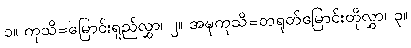
၁။ ကုသိ=မြောင်းရှည်လွှာ၊ ၂။ အဍ္ဎကုသိ=တရုတ်မြောင်းတိုလွှာ၊ ၃။